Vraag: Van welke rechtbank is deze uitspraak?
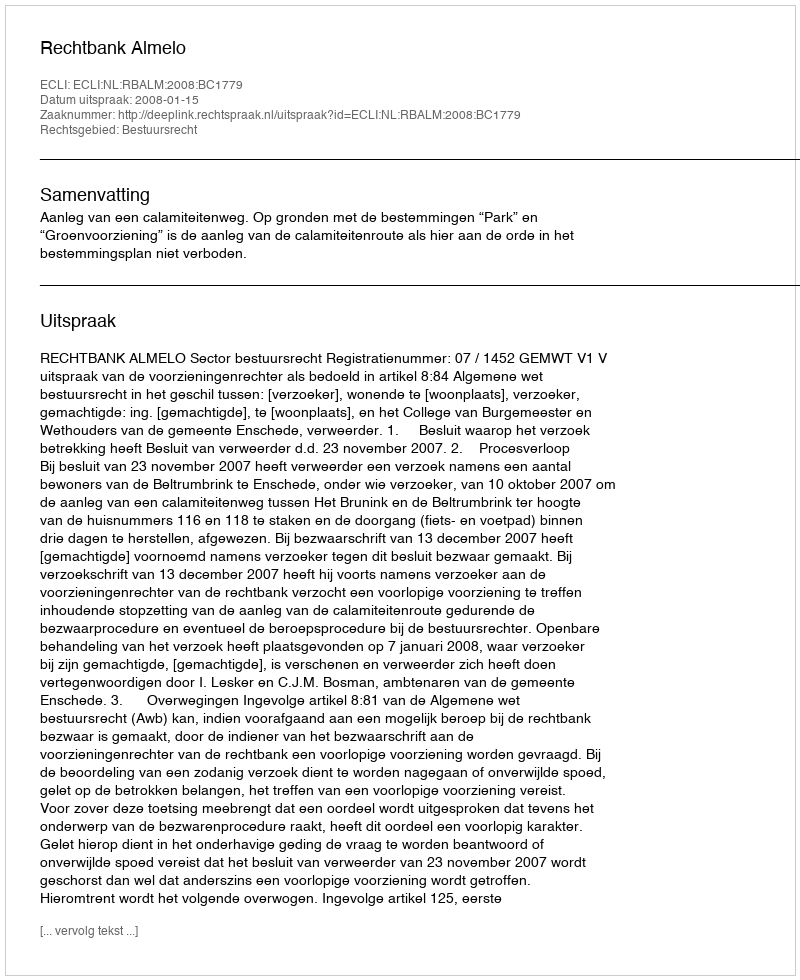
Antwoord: Rechtbank Almelo